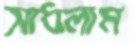
সাধলাম